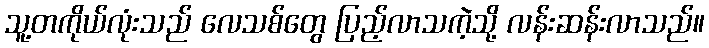
သူ့တကိုယ်လုံးသည် လေသစ်တွေ ပြည့်လာသကဲ့သို့ လန်းဆန်းလာသည်။